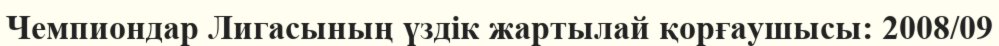
Чемпиондар Лигасының үздік жартылай қорғаушысы: 2008/09